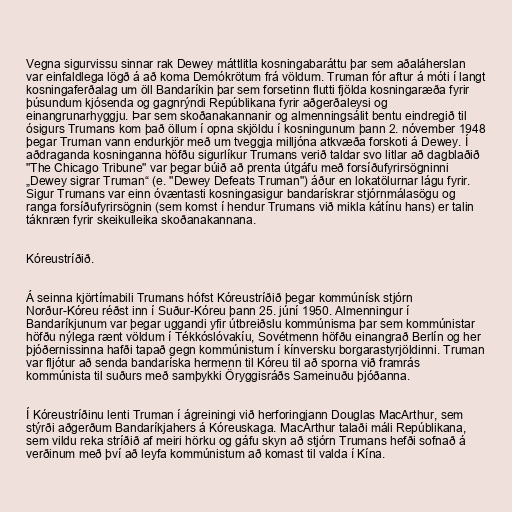
Vegna sigurvissu sinnar rak Dewey máttlitla kosningabaráttu þar sem aðaláherslan
var einfaldlega lögð á að koma Demókrötum frá völdum. Truman fór aftur á móti í langt
kosningaferðalag um öll Bandaríkin þar sem forsetinn flutti fjölda kosningaræða fyrir
þúsundum kjósenda og gagnrýndi Repúblikana fyrir aðgerðaleysi og
einangrunarhyggju. Þar sem skoðanakannanir og almenningsálit bentu eindregið til
ósigurs Trumans kom það öllum í opna skjöldu í kosningunum þann 2. nóvember 1948
þegar Truman vann endurkjör með um tveggja milljóna atkvæða forskoti á Dewey. Í
aðdraganda kosninganna höfðu sigurlíkur Trumans verið taldar svo litlar að dagblaðið
"The Chicago Tribune" var þegar búið að prenta útgáfu með forsíðufyrirsögninni
„Dewey sigrar Truman“ (e. "Dewey Defeats Truman") áður en lokatölurnar lágu fyrir.
Sigur Trumans var einn óvæntasti kosningasigur bandarískrar stjórnmálasögu og
ranga forsíðufyrirsögnin (sem komst í hendur Trumans við mikla kátínu hans) er talin
táknræn fyrir skeikulleika skoðanakannana.

Kóreustríðið.

Á seinna kjörtímabili Trumans hófst Kóreustríðið þegar kommúnísk stjórn
Norður-Kóreu réðst inn í Suður-Kóreu þann 25. júní 1950. Almenningur í
Bandaríkjunum var þegar uggandi yfir útbreiðslu kommúnisma þar sem kommúnistar
höfðu nýlega rænt völdum í Tékkóslóvakíu, Sovétmenn höfðu einangrað Berlín og her
þjóðernissinna hafði tapað gegn kommúnistum í kínversku borgarastyrjöldinni. Truman
var fljótur að senda bandaríska hermenn til Kóreu til að sporna við framrás
kommúnista til suðurs með samþykki Öryggisráðs Sameinuðu þjóðanna.

Í Kóreustríðinu lenti Truman í ágreiningi við herforingjann Douglas MacArthur, sem
stýrði aðgerðum Bandaríkjahers á Kóreuskaga. MacArthur talaði máli Repúblikana,
sem vildu reka stríðið af meiri hörku og gáfu skyn að stjórn Trumans hefði sofnað á
verðinum með því að leyfa kommúnistum að komast til valda í Kína.